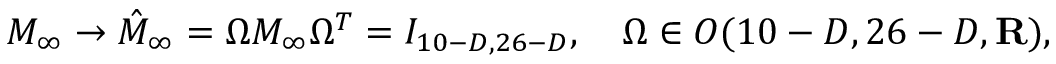
M _ { \infty } \to \hat { M } _ { \infty } = \Omega M _ { \infty } \Omega ^ { T } = I _ { 1 0 - D , 2 6 - D } , \ \ \ \Omega \in O ( 1 0 - D , 2 6 - D , { \bf R } ) ,